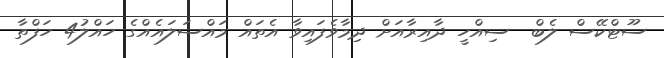
ސޫޓްކޭސް ލެބް  ސިއްހީ ދާއިރާއަށް ދިމާވެފައިވާ އެތައް މައްސަލައެއްގެ ހައްލު4 ހަފްތާ